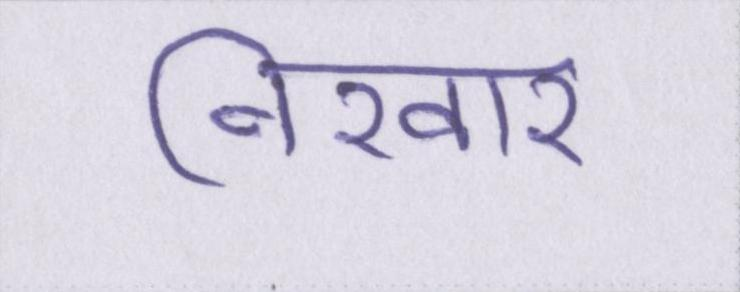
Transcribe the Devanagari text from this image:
निखार